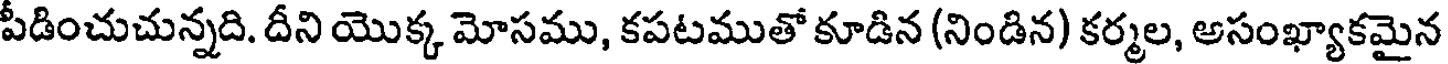
పడించుచున్నది. దీని యొక్క మోసము, కపటముతో కూడిన (నిండిన) కర్మల, అసంఖ్యాకమైన